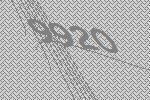
9920